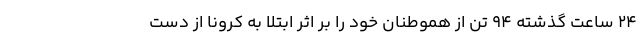
۲۴ ساعت گذشته ۹۴ تن از هموطنان خود را بر اثر ابتلا به کرونا از دست